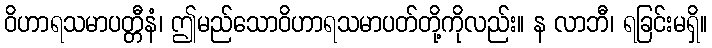
ဝိဟာရသမာပတ္တီနံ၊ ဤမည်သောဝိဟာရသမာပတ်တို့ကိုလည်း။ န လာဘီ၊ ရခြင်းမရှိ။